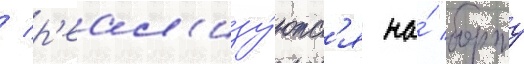
/ р'еал'изу́ютс'я на́ борту